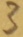
Text: 3